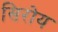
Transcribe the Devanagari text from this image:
सिरोय